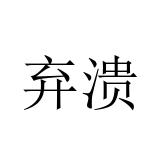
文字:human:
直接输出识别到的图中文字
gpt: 弃溃